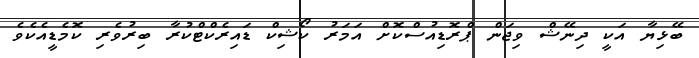
ބޭޅިޔާ އަކީ ދިނޭޝް ވިޖަން ޕްރޮޑިއުސްކޮށް އަމަރު ކޯޝިކް ޑައިރެކްޓްކުރާ ބިރުވެރި ކޮމެޑީއެކެވެ